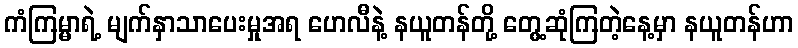
ကံကြမ္မာရဲ့ မျက်နှာသာပေးမှုအရ ဟေလီနဲ့ နယူတန်တို့ တွေ့ဆုံကြတဲ့နေ့မှာ နယူတန်ဟာ